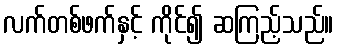
လက်တစ်ဖက်နှင့် ကိုင်၍ ဆကြည့်သည်။